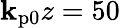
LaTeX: \mathbf{k}_{\mathrm{{p0}}}z=50